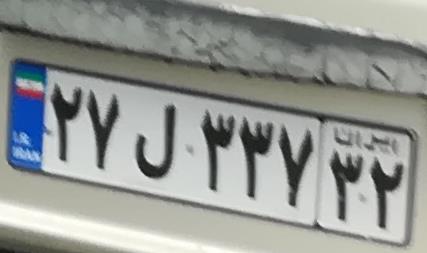
۲۷ل۳۳۷۳۲